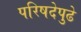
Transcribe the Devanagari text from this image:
परिषदेपुढे